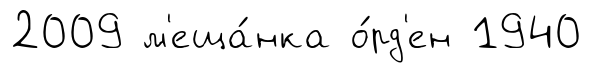
2009 м'еща́нка о́рд'ен 1940